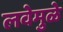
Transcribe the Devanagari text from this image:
लवेमुळे